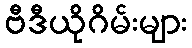
ဗီဒီယိုဂိမ်းများ